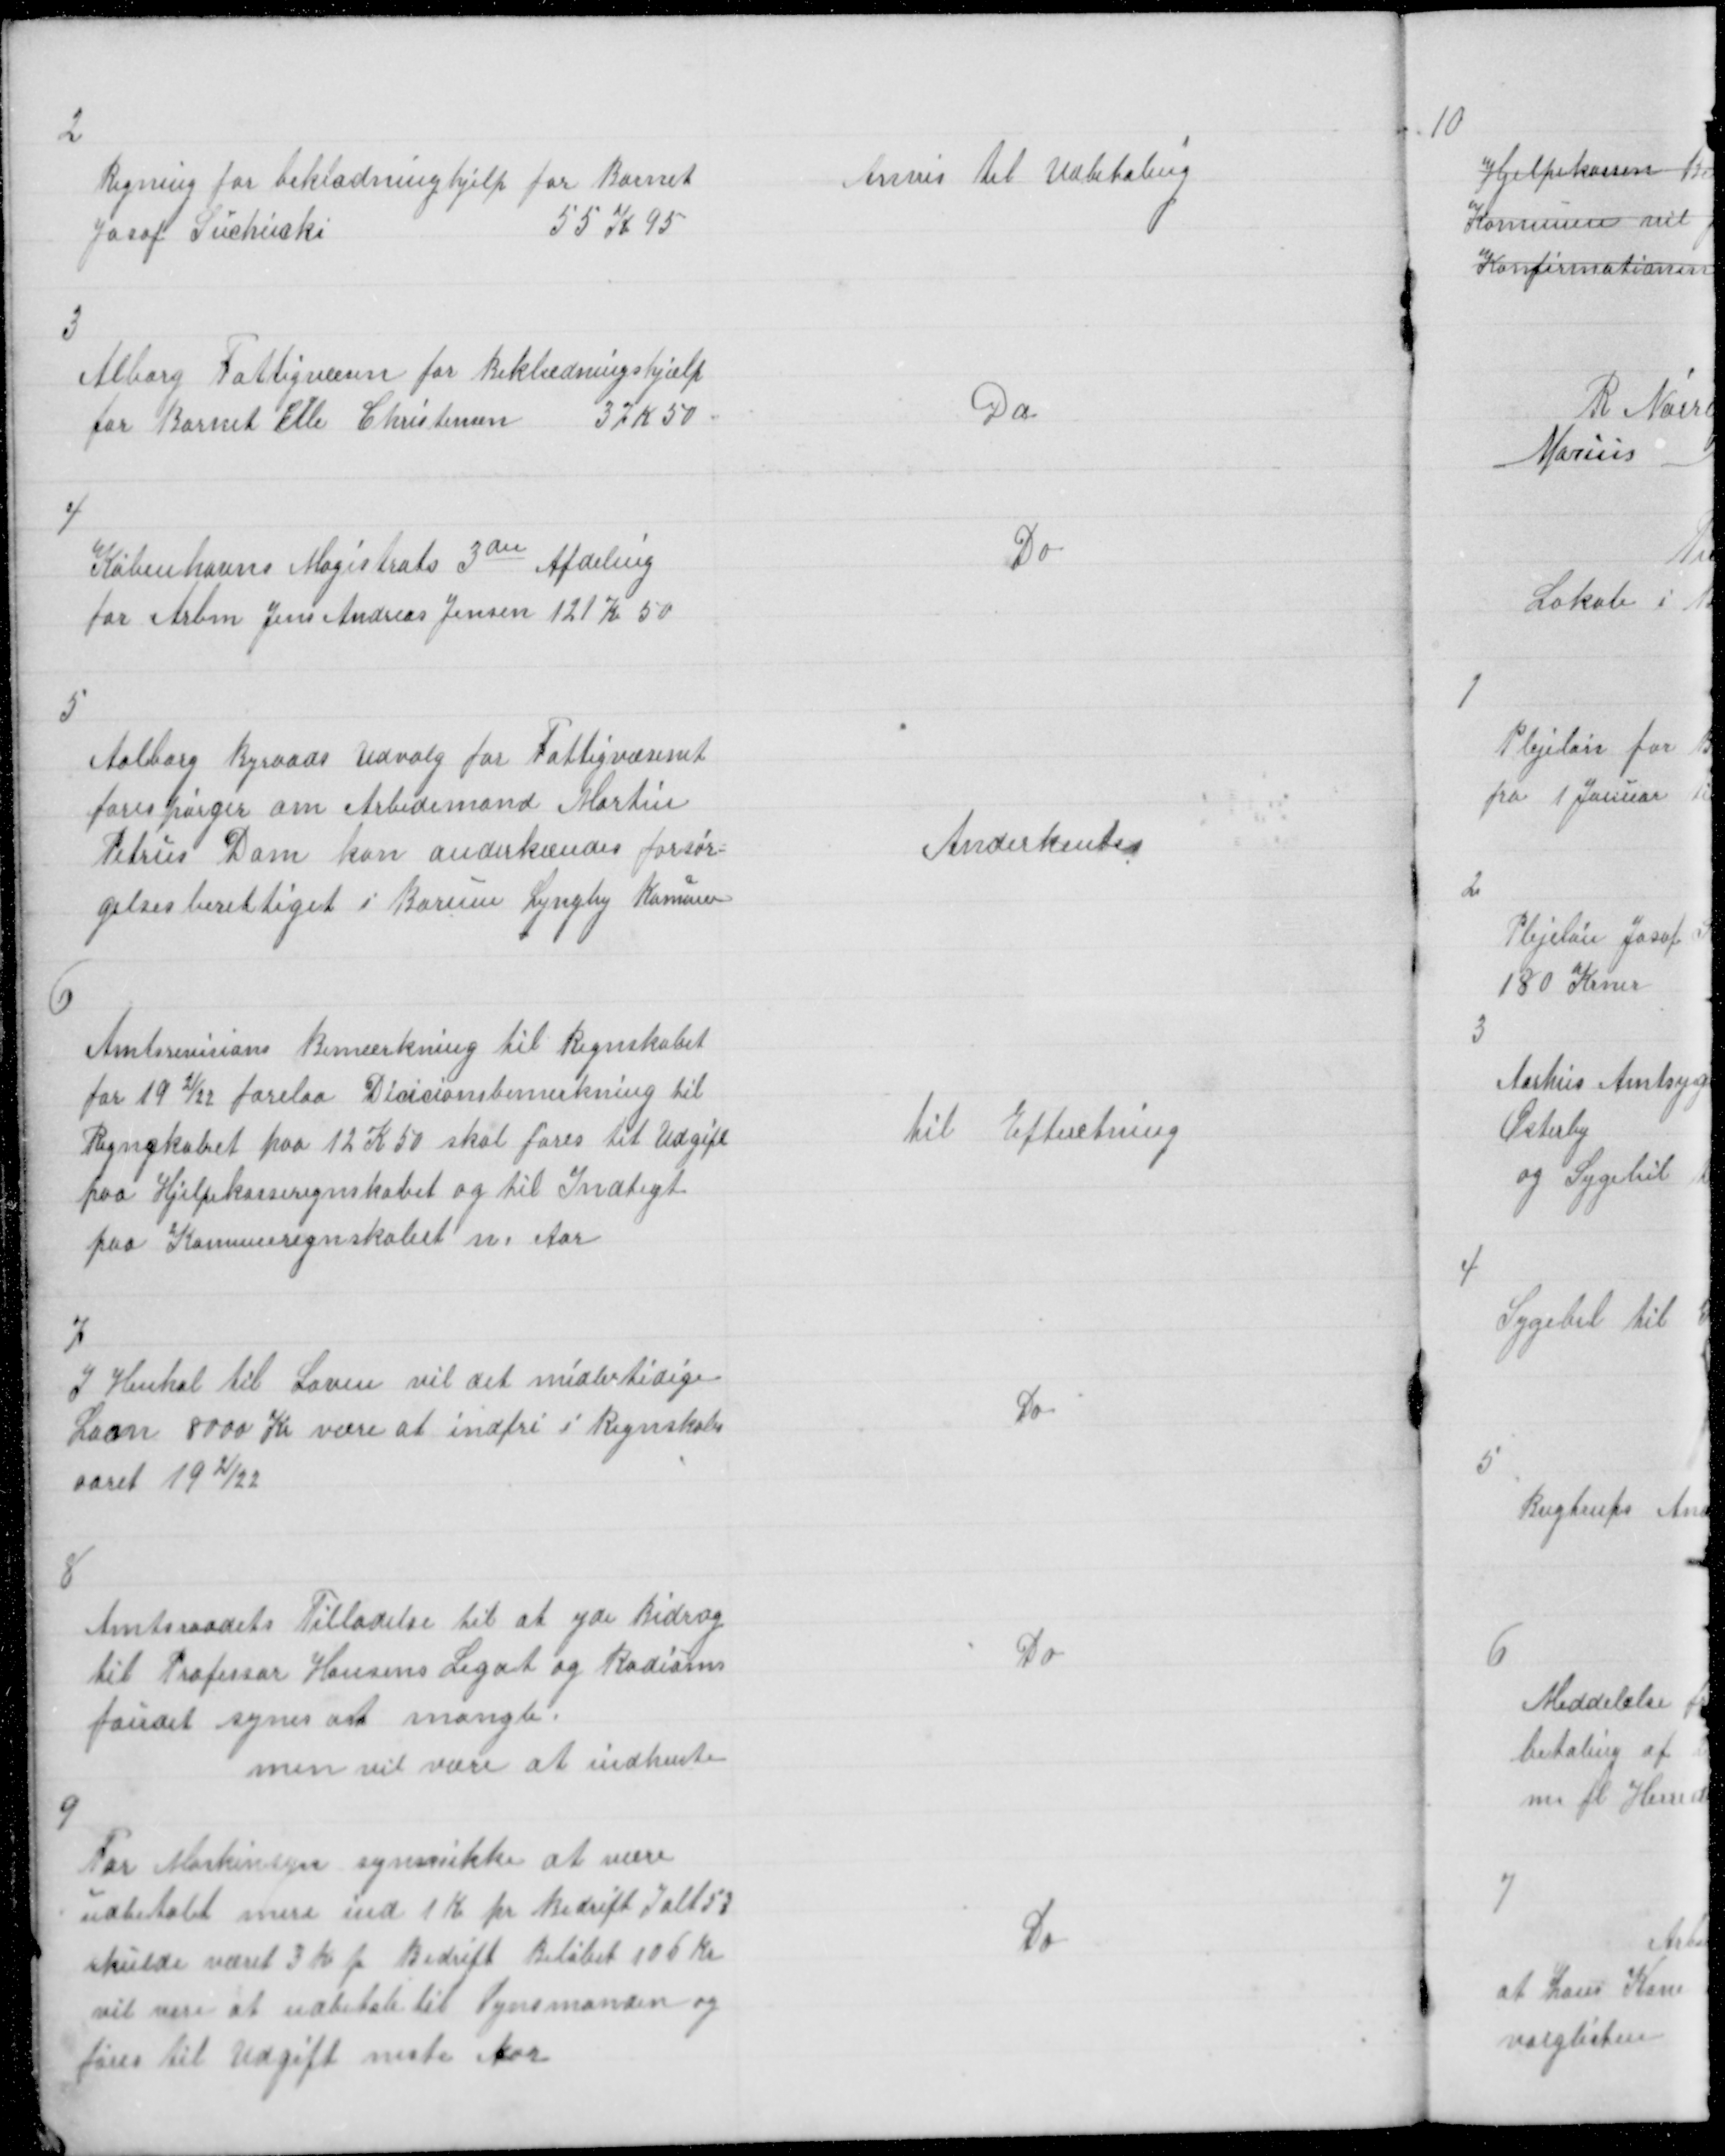
Transskription:
2

Regning for beklædninghjelp for Barnet
Josof Suchiscki
55 K 95

Anvis til Udbetaling

3

Alborg Fattigvæsen for Beklædningshjælp
for Barnet Elle Christensen
37 K 50

Do

4

Københavns Magistrats 3die Afdeling
for Arbm Jens Andreas Jensen 121 Kr 50

Do

5

Aalborg Byraads Udvalg for Fattigvæsenet
forespørger om Arbedsmand Martin
Petrus Dam kan anderkendes forsør=
gelsesberettiget i Borum Lyngby Komune

Anderkentes

6

Amtsrevisions Bemærkning til Regnskabet
for 19 21/22 forelaa Dicisionsbemerkning til
Regngskabet paa 12 K 50 skal føres til Udgift
paa Hjelpekasseregnskabet og til Indtegt
paa Komuneregnskaber sm Aar

Til Efterretning

7

I Henhol til Loven vil det midlertidige
Laan 8000 Kr være at indfri i Regnskabs
aaret 19 21/22

Do

8

Amtsraadets Tilladelse til at yde Bidrag
til Professor Hansens Legat og Radiums
fondet synes at mangle
men vil være at indhente

Do

9

For Maskinsyn synes ikke at være
udbetalt mere end 1 Kr pr Bedrift Ialt 53
skulde været 3 Kr pr Bedrift Beløbet 105 Kr
vil være at udbetale til Synsmanden og
føres til Udgift neste Aar

Do